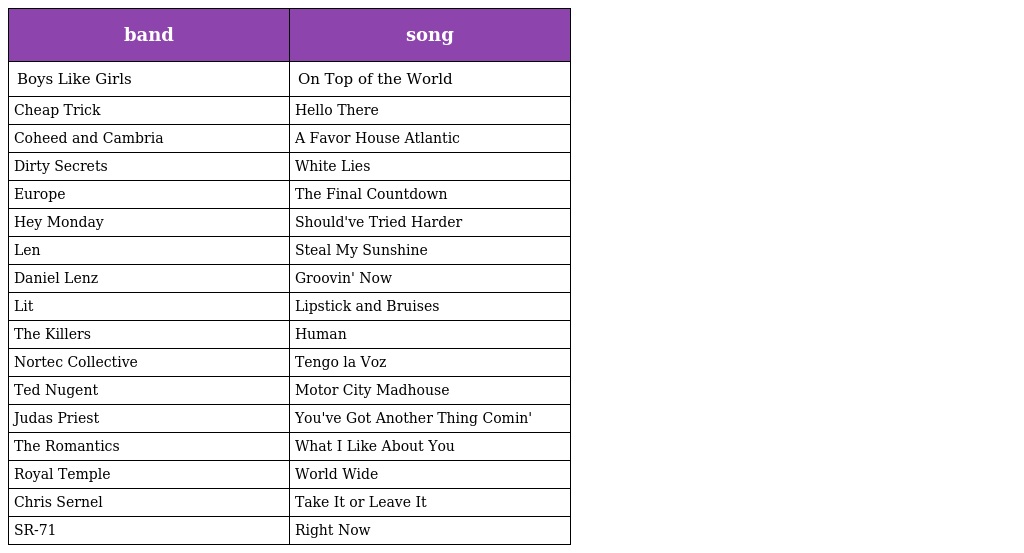
| band | song |
 | --- | --- |
 | Boys Like Girls | On Top of the World |
 | Cheap Trick | Hello There |
 | Coheed and Cambria | A Favor House Atlantic |
 | Dirty Secrets | White Lies |
 | Europe | The Final Countdown |
 | Hey Monday | Should've Tried Harder |
 | Len | Steal My Sunshine |
 | Daniel Lenz | Groovin' Now |
 | Lit | Lipstick and Bruises |
 | The Killers | Human |
 | Nortec Collective | Tengo la Voz |
 | Ted Nugent | Motor City Madhouse |
 | Judas Priest | You've Got Another Thing Comin' |
 | The Romantics | What I Like About You |
 | Royal Temple | World Wide |
 | Chris Sernel | Take It or Leave It |
 | SR-71 | Right Now |